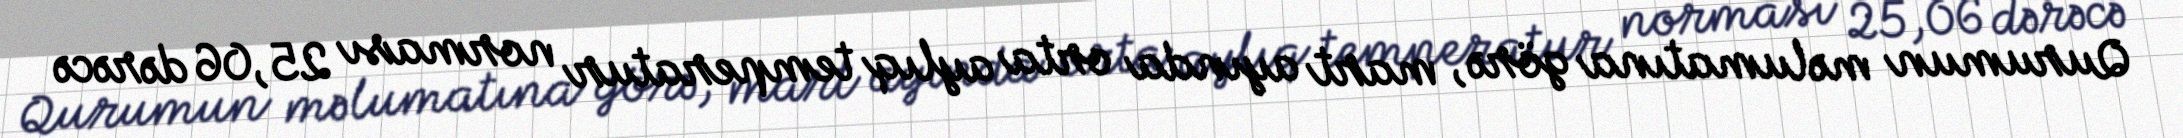
Qurumun məlumatına görə, mart ayında orta aylıq temperatur norması 25,06 dərəcə